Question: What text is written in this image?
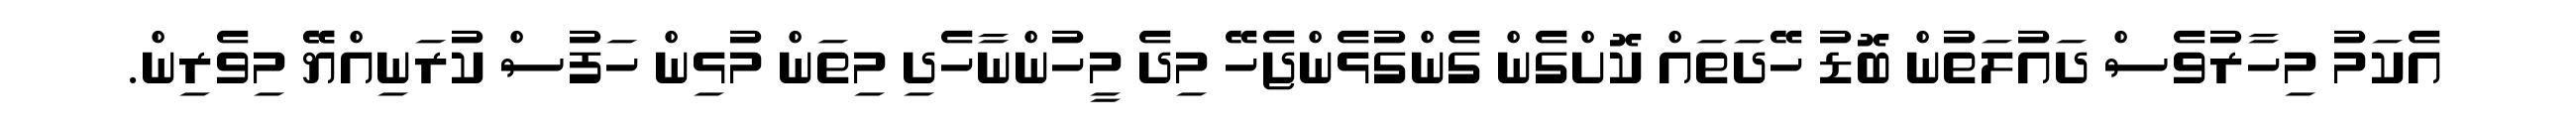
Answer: އެކަމު މިހާރުވެސް ދައުލަތުން ބޮޑު ހޭދަތައް ކޮށްގެން ގެންގުޅެންޖެހޭ މިދެ މީހުންނާހެދި މިތަން މުޅިން ހަފުސް ކުރަނިއްޔޭޭ މިވެރިން.